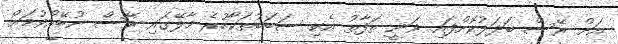
އަށް ރޭސް ބަދަލުކޮށްފައި ވަނީ ތަފާތު އެކި ސަބަބުތަކާހުރެ މާލޭގައި ރޭސް ނުބޭއްވުމަށް